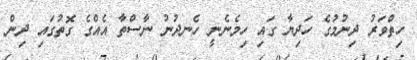
ހިތްވަރު ދިނުމުގެ ހަދިޔާ ގައި ހިމެނެނީ ހެނދުނު ނާސްތާ އެއްގެ ގޮތުގައި ދިން